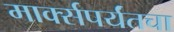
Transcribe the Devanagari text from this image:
मार्क्सपर्यंतचा